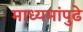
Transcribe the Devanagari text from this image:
माध्यमांपुढे